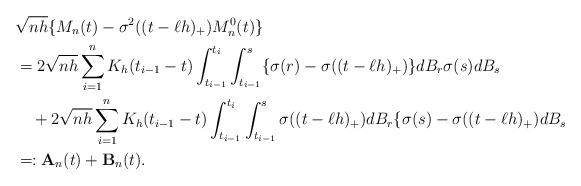
LaTeX: \begin{align*}&\sqrt{nh}\{M_n(t)-\sigma^2((t-\ell h)_+)M^0_n(t)\}\\&=2\sqrt{nh}\sum_{i=1}^nK_h(t_{i-1}-t)\int_{t_{i-1}}^{t_i}\int_{t_{i-1}}^s\{\sigma(r)-\sigma((t-\ell h)_+)\}dB_r\sigma(s)dB_s\\&\quad+2\sqrt{nh}\sum_{i=1}^nK_h(t_{i-1}-t)\int_{t_{i-1}}^{t_i}\int_{t_{i-1}}^s\sigma((t-\ell h)_+)dB_r\{\sigma(s)-\sigma((t-\ell h)_+)dB_s\\&=:\mathbf{A}_n(t)+\mathbf{B}_n(t).\end{align*}